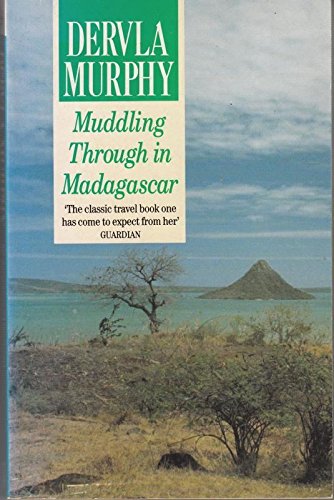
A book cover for Muddling Through in Madagascar; Dervla Murphy; Travel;